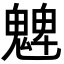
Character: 䰦